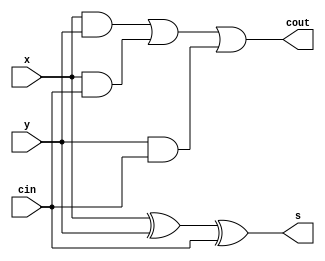
module q2(x, y, cin, s, cout);
input x,y,cin;
output s,cout;
assign s = x^y^cin;
assign cout = (x&y) | (x&cin) | (y&cin);
endmodule